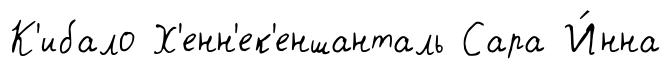
К'ибало Х'енн'ек'еншанталь Сара И́нна